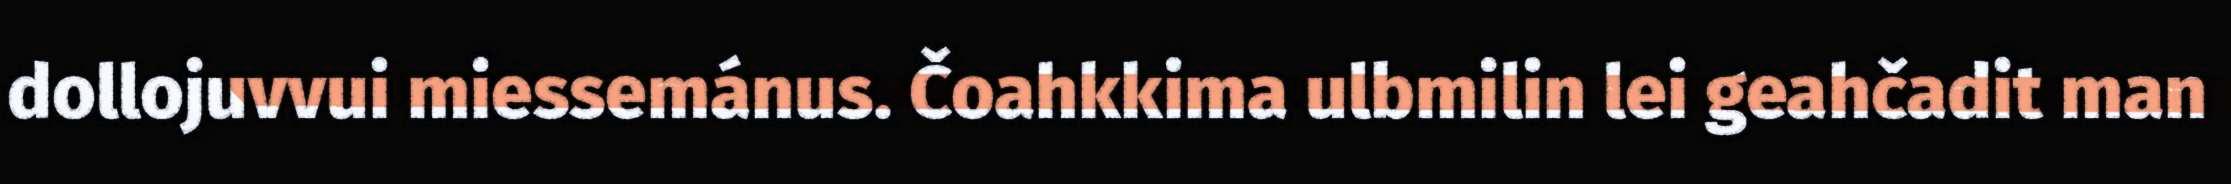
dollojuvvui miessemánus. Čoahkkima ulbmilin lei geahčadit man